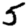
Digit: 5